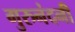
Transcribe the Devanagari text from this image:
गुरुनंदनी